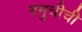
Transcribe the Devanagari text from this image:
नमुचीची